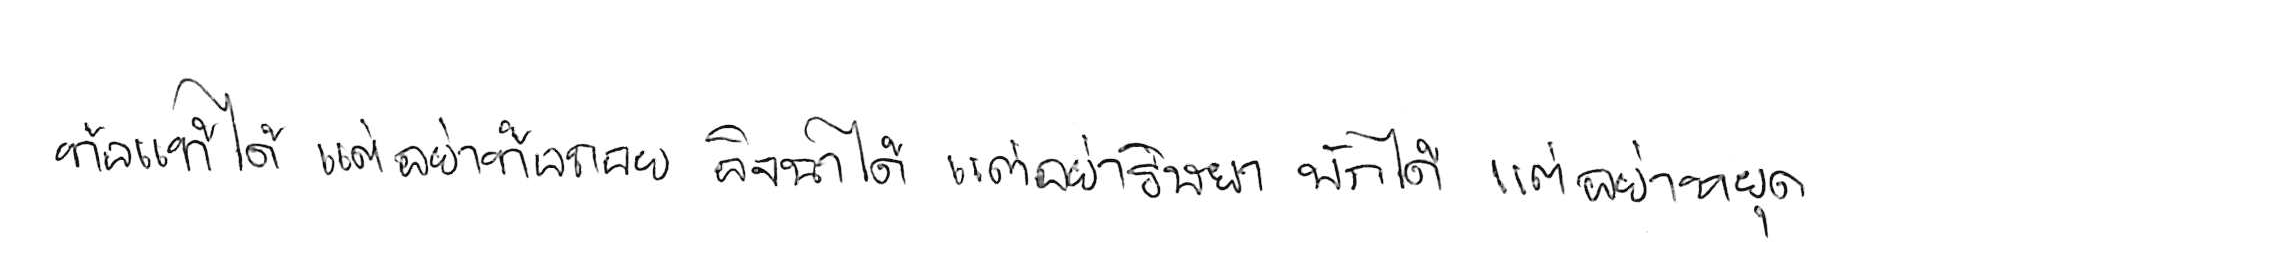
ท้อแท้ได้ แต่อย่าท้อถอย อิจฉาได้ แต่อย่าริษยา พักได้ แต่อย่าหยุด